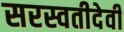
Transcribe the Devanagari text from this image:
सरस्वतीदेवी